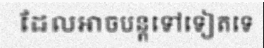
ដែលអាចបន្តទៅទៀតទេ